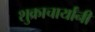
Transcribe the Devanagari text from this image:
शुक्राचार्यांनी